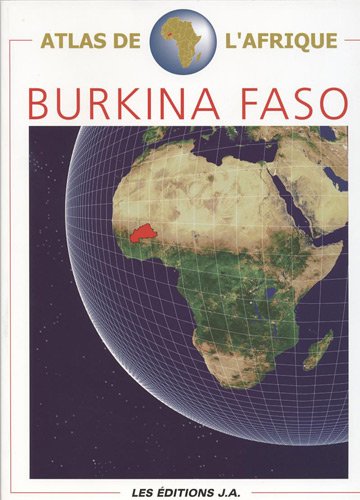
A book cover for Atlas du Burkina Faso (French Edition); Travel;